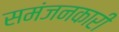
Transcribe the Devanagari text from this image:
समंजनकारी